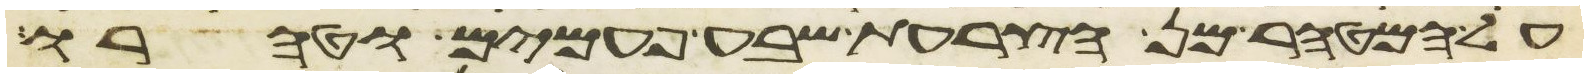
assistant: על המטהר מן הצרעת שבע פעמים וטהרו